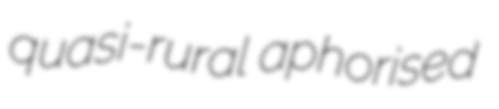
quasi-rural aphorised